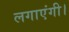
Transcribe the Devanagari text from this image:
लगाएंगी।